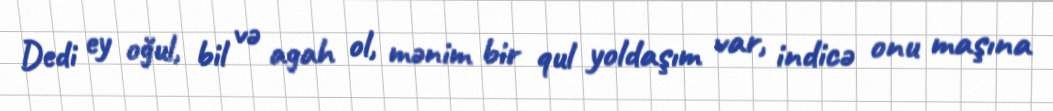
Dedi ey oğul, bil və agah ol, mənim bir qul yoldaşım var, indicə onu maşına